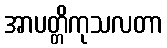
အာပတ္တိကုသလတာ